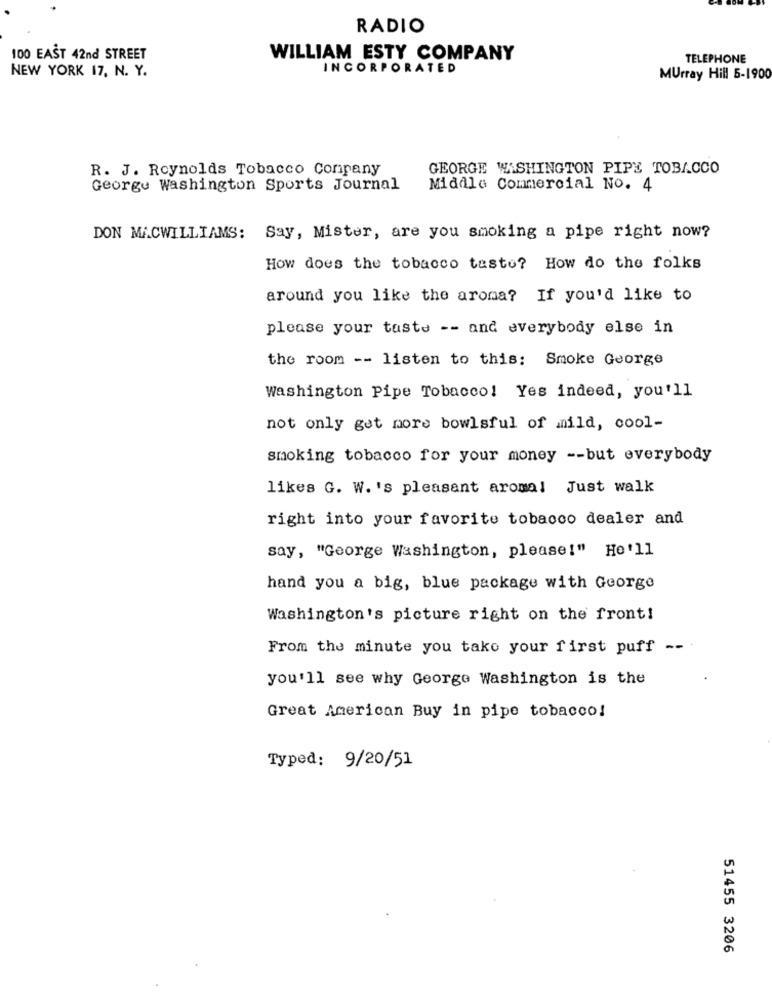
RADIO
100 EAST 42nd STREET
WILLIAM ESTY COMPANY
TELEPHONE
NEW YORK 17, N. Y.
INCORPORATED
Murray Hill 5-1900
R. J. Reynolds Tobacco Company
GEORGE WASHINGTON PIPE TOBACCO
George Washington Sports Journal
Middle Commercial No. 4
DON MACWILLIAMS: Say, Mister, are you smoking a pipe right now?
How does the tobacco taste? How do the folks
around you like the aroma? If you'd like to
please your taste -- and everybody else in
the room -- listen to this: Smoke George
washington Pipe Tobacco! Yes indeed, you'll
not only get more bowlsful of mild, cool-
smoking tobacco for your money -- but everybody
likes G. W. 's pleasant aromal Just walk
right into your favorite tobacco dealer and
say, "George Washington, please!" He'll
hand you a big, blue package with George
Washington's picture right on the front!
From the minute you take your first puff
--
you'll see why George Washington is the
Great American Buy in pipe tobacco!
Typed: 9/20/51
51455 3206